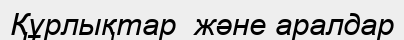
Құрлықтар  және аралдар